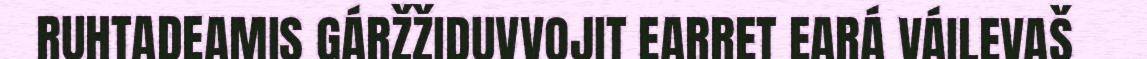
RUHTADEAMIS GÁRŽŽIDUVVOJIT EARRET EARÁ VÁILEVAŠ